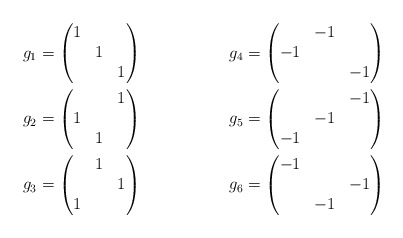
\begin{align*}g_1&=\begin{pmatrix}1 &&\\&1&\\&&1\end{pmatrix}&g_4&=\begin{pmatrix}&-1&\\-1&&\\&&-1\end{pmatrix}\\g_2&=\begin{pmatrix}&&1\\1&&\\&1&\end{pmatrix}&g_5&=\begin{pmatrix}&&-1\\&-1&\\-1&&\end{pmatrix}\\g_3&=\begin{pmatrix}&1&\\&&1\\1&&\end{pmatrix}&g_6&=\begin{pmatrix}-1&&\\&&-1\\&-1&\end{pmatrix}\end{align*}